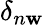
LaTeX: \delta_{n\mathbf{w}}